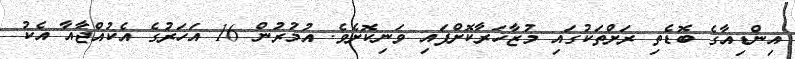
އިންޑިއާގެ ބޮޑެތި ރަށްތަކުގައި މުޒާހަރާކޮށްފައި ވަނިކޮށެވެ. އުމުރުން 16 އަހަރުގެ އެކުއްޖާއާ އެކު